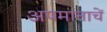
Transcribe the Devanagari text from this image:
अपमानाचें